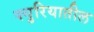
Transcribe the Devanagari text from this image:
क्युरियातील